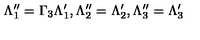
\Lambda _ { 1 } ^ { \prime \prime } = \Gamma _ { 3 } \Lambda _ { 1 } ^ { \prime } , \Lambda _ { 2 } ^ { \prime \prime } = \Lambda _ { 2 } ^ { \prime } , \Lambda _ { 3 } ^ { \prime \prime } = \Lambda _ { 3 } ^ { \prime }